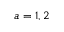
a = 1 , 2